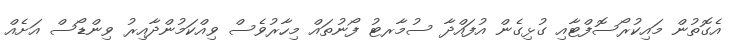
އެގޮތުން މައިކުރޯސޮފްޓާއި ގުޅިގެން އުފައްދާ ސުމާރޓު ފޯނުތައް މިހާރުވެސް ވިއްކަމުންދާއިރު ވިންޑޯސް އަށެއް